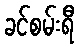
ခင်စမ်းရီ